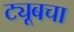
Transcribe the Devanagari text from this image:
ट्यूबचा